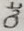
Text: Out